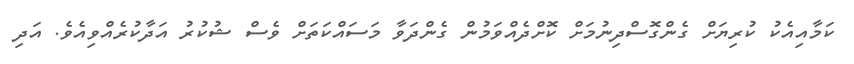
ކަމާއިއެކު ކުރިޔަށް ގެންގޮސްދިނުމަށް ކޮށްދެއްވަމުން ގެންދަވާ މަސައްކަތަށް ވެސް ޝުކުރު އަދާކުރެއްވިއެވެ. އަދި